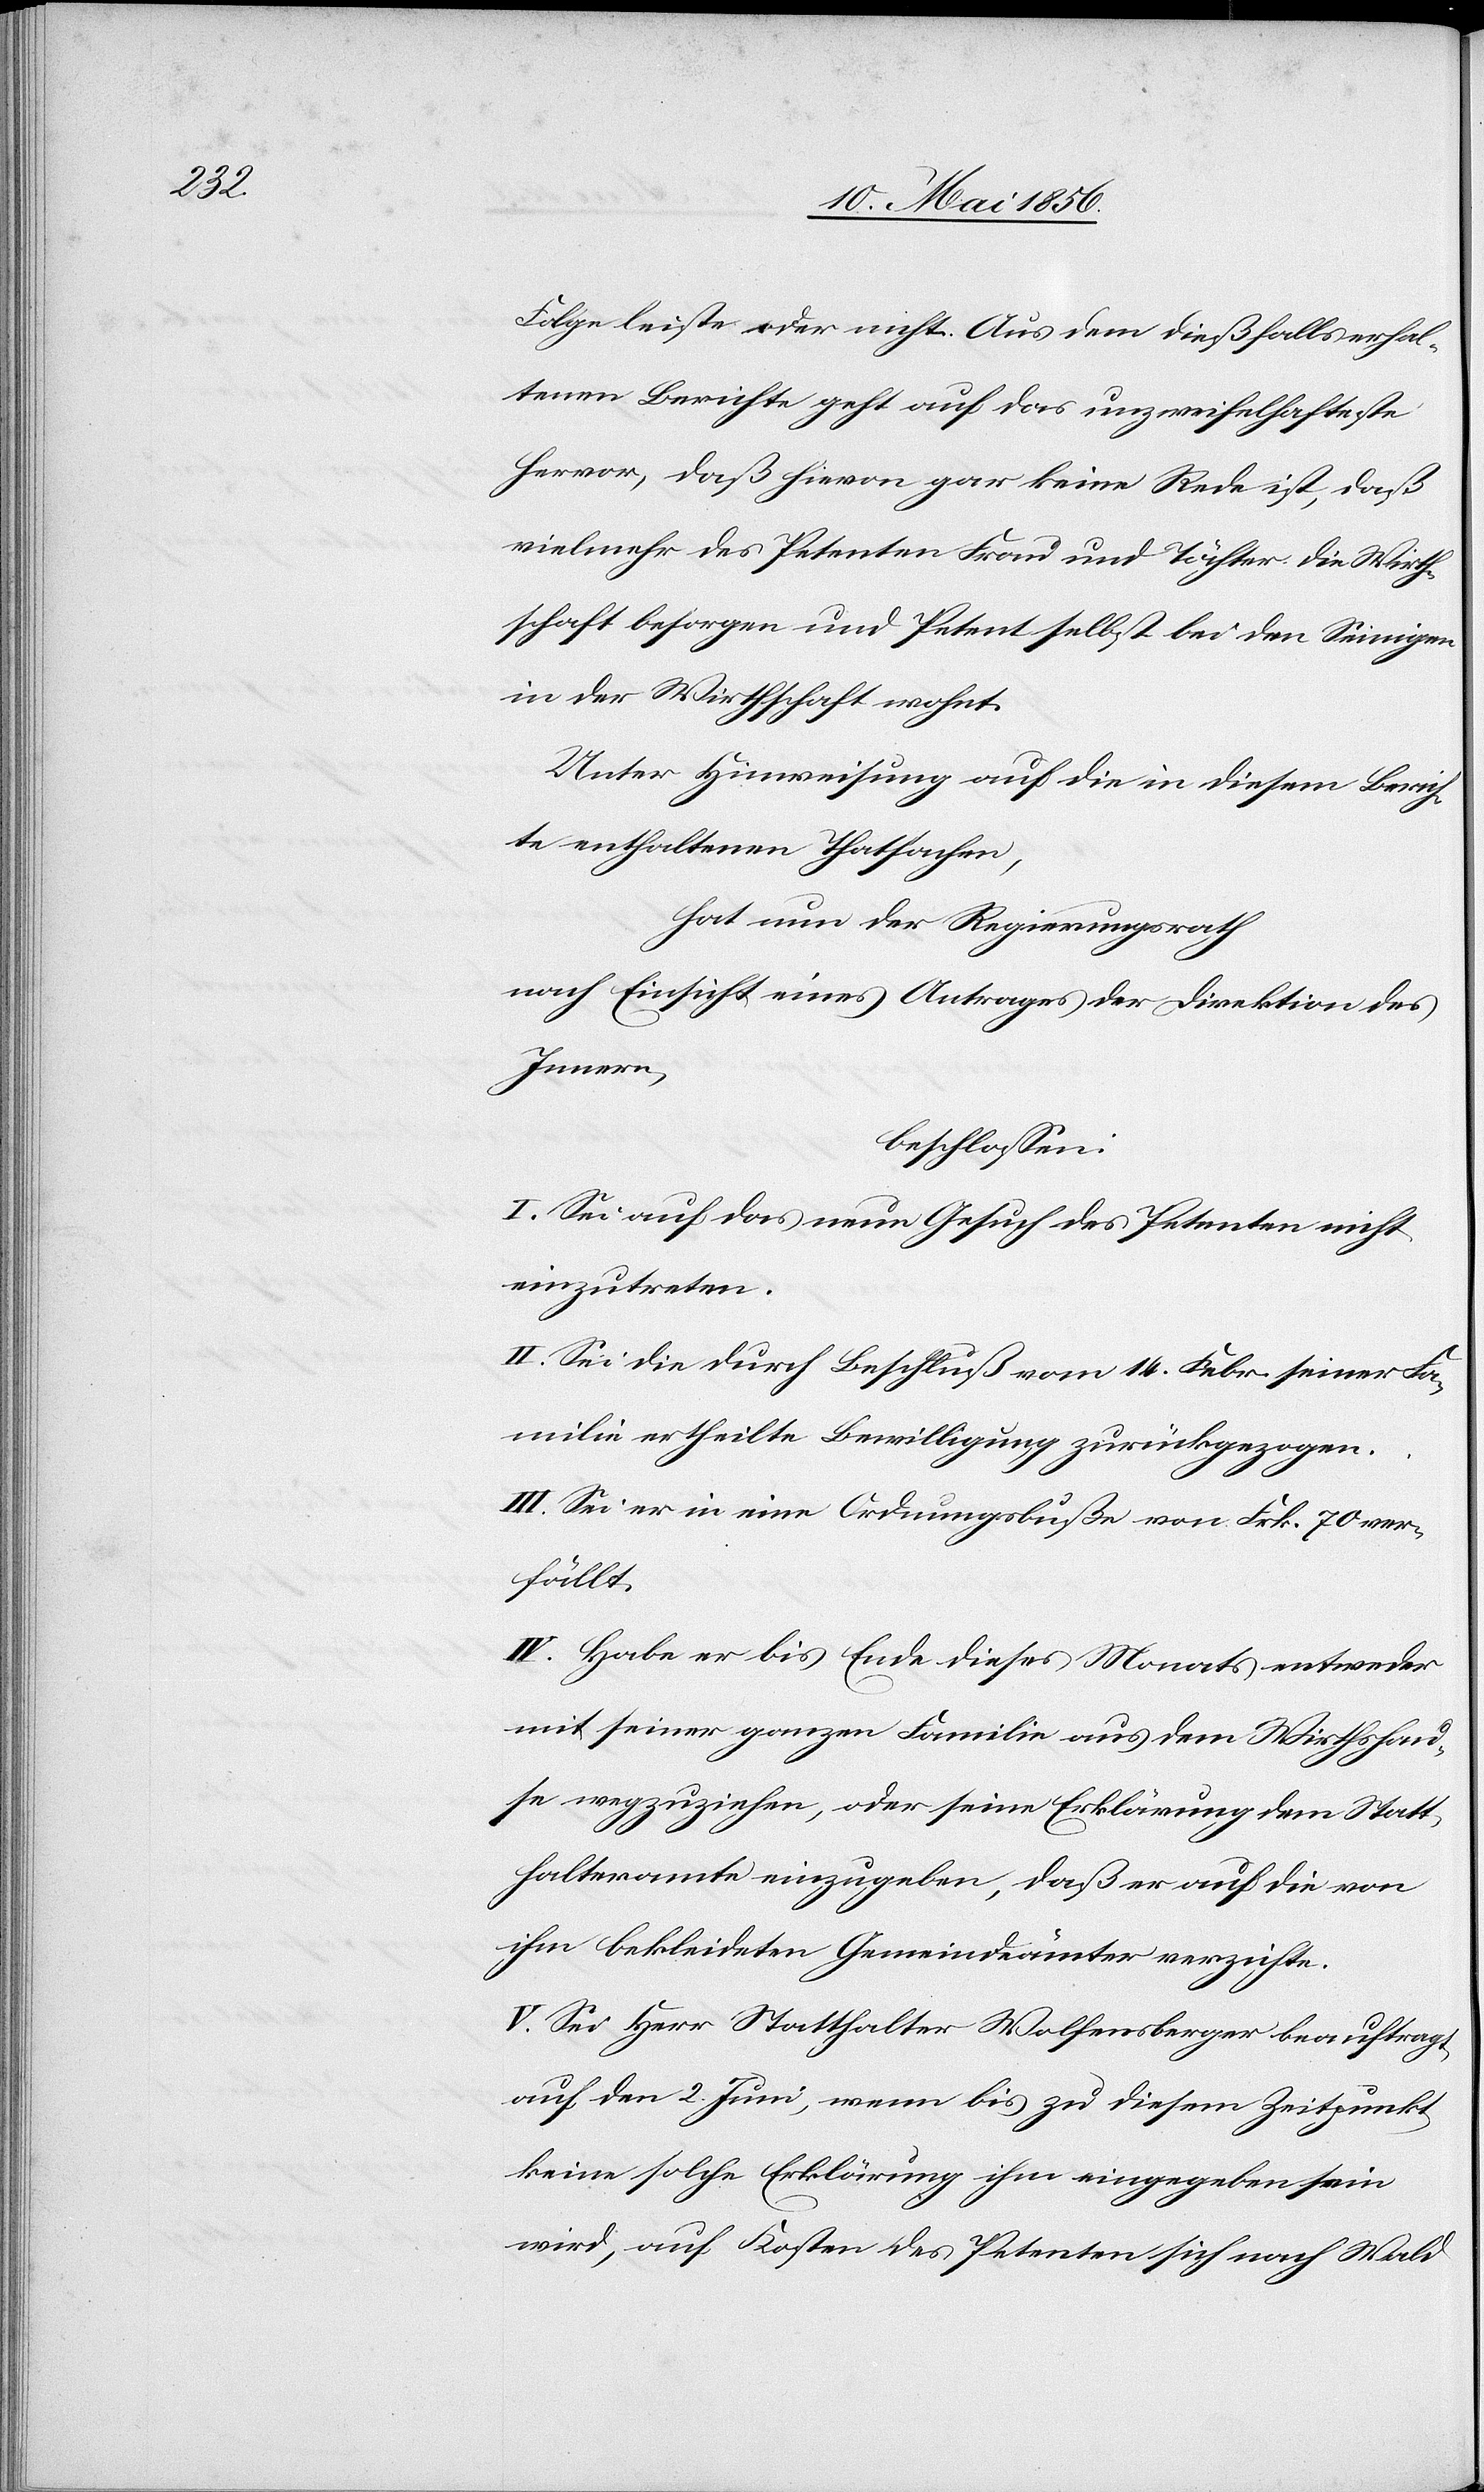
Folge leiste oder nicht. Aus dem dießfalls erhal¬
tenen Berichte geht auf das unzweifelhafteste
hervor, daß hievon gar keine Rede ist, das
vielmehr des Petenten Frau und Töchter die Wirth¬
schaft besorgen und Petent selbst bei den Seinigen
in der Wirthschaft wohnt.
Unter Hinweisung auf die in diesem Berich¬
te enthaltenen Thatsachen,
hat nun der Regierungsrath
nach Einsicht eines Antrages der Direktion des
Innern,
beschlossen:
I. Sei auf das neue Gesuch des Petenten nicht
einzutreten.
II. Sei die durch Beschluß vom 14. Febr. seiner Fa¬
milie ertheilte Bewilligung zurückgezogen.
III. Sei er in eine Ordnungsbuße von Frk. 70 ver¬
fällt.
IV. Habe er bis Ende dieses Monats entweder
mit seiner ganzen Familie aus dem Wirthshau¬
se wegzuziehen, oder seine Erklärung dem Statt¬
halteramte einzugeben, daß er auf die von
ihm bekleideten Gemeindeämter verzichte.
V. Sei Herr Statthalter Wolfensberger beauftragt,
auf den 2. Juni, wenn bis zu diesem Zeitpunkt
keine solche Erklärung ihm eingegeben sein
wird, auf Kosten des Petenten sich nach Wald